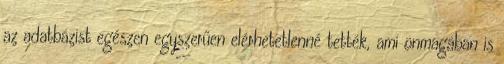
az adatbázist egészen egyszerűen elérhetetlenné tették, ami önmagában is